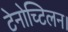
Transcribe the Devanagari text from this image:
टेनोच्टिलन।